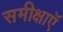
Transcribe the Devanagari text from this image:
समीक्षाऍ